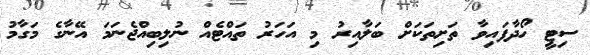
ސިޓީ ހޯދާފައިވާ ތަށިތަކަށް ބަލާއިރު މި އަހަރު ތައްޓެއް ނުލިބިއްޖެނަމަ އޭނާގެ މަގާމު